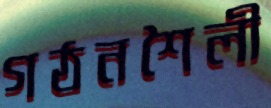
গঠনশৈলী